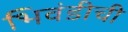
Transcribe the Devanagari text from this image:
भिवंडीची